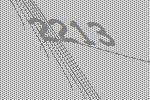
2213